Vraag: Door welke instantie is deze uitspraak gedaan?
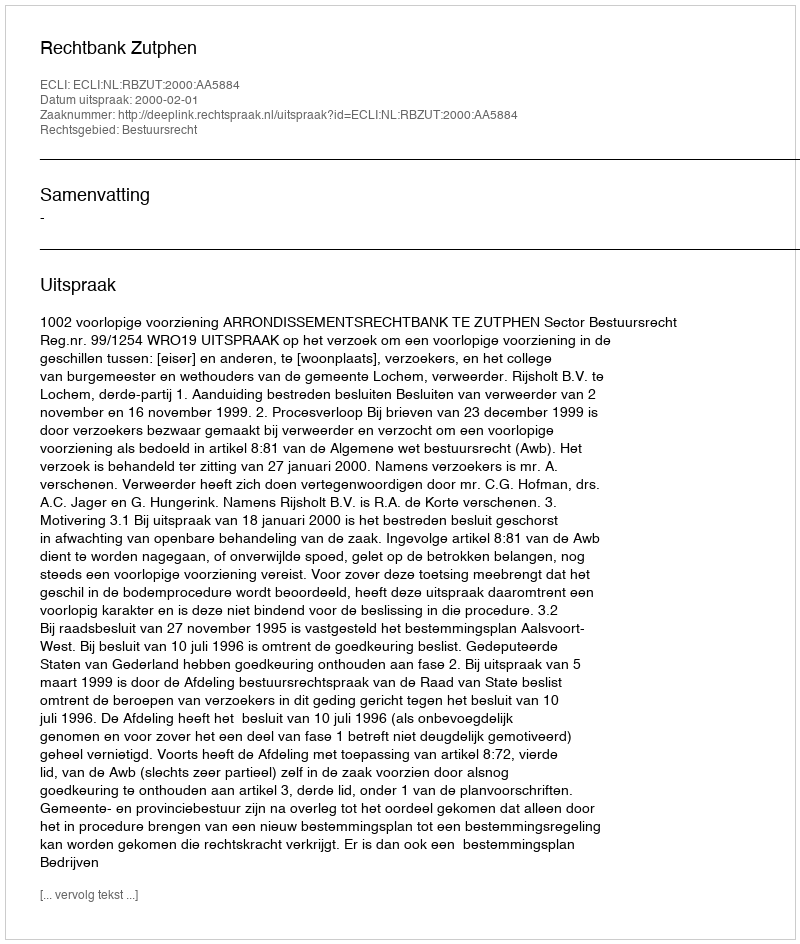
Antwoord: Rechtbank Zutphen